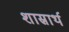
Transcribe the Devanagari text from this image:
शास्रार्थ